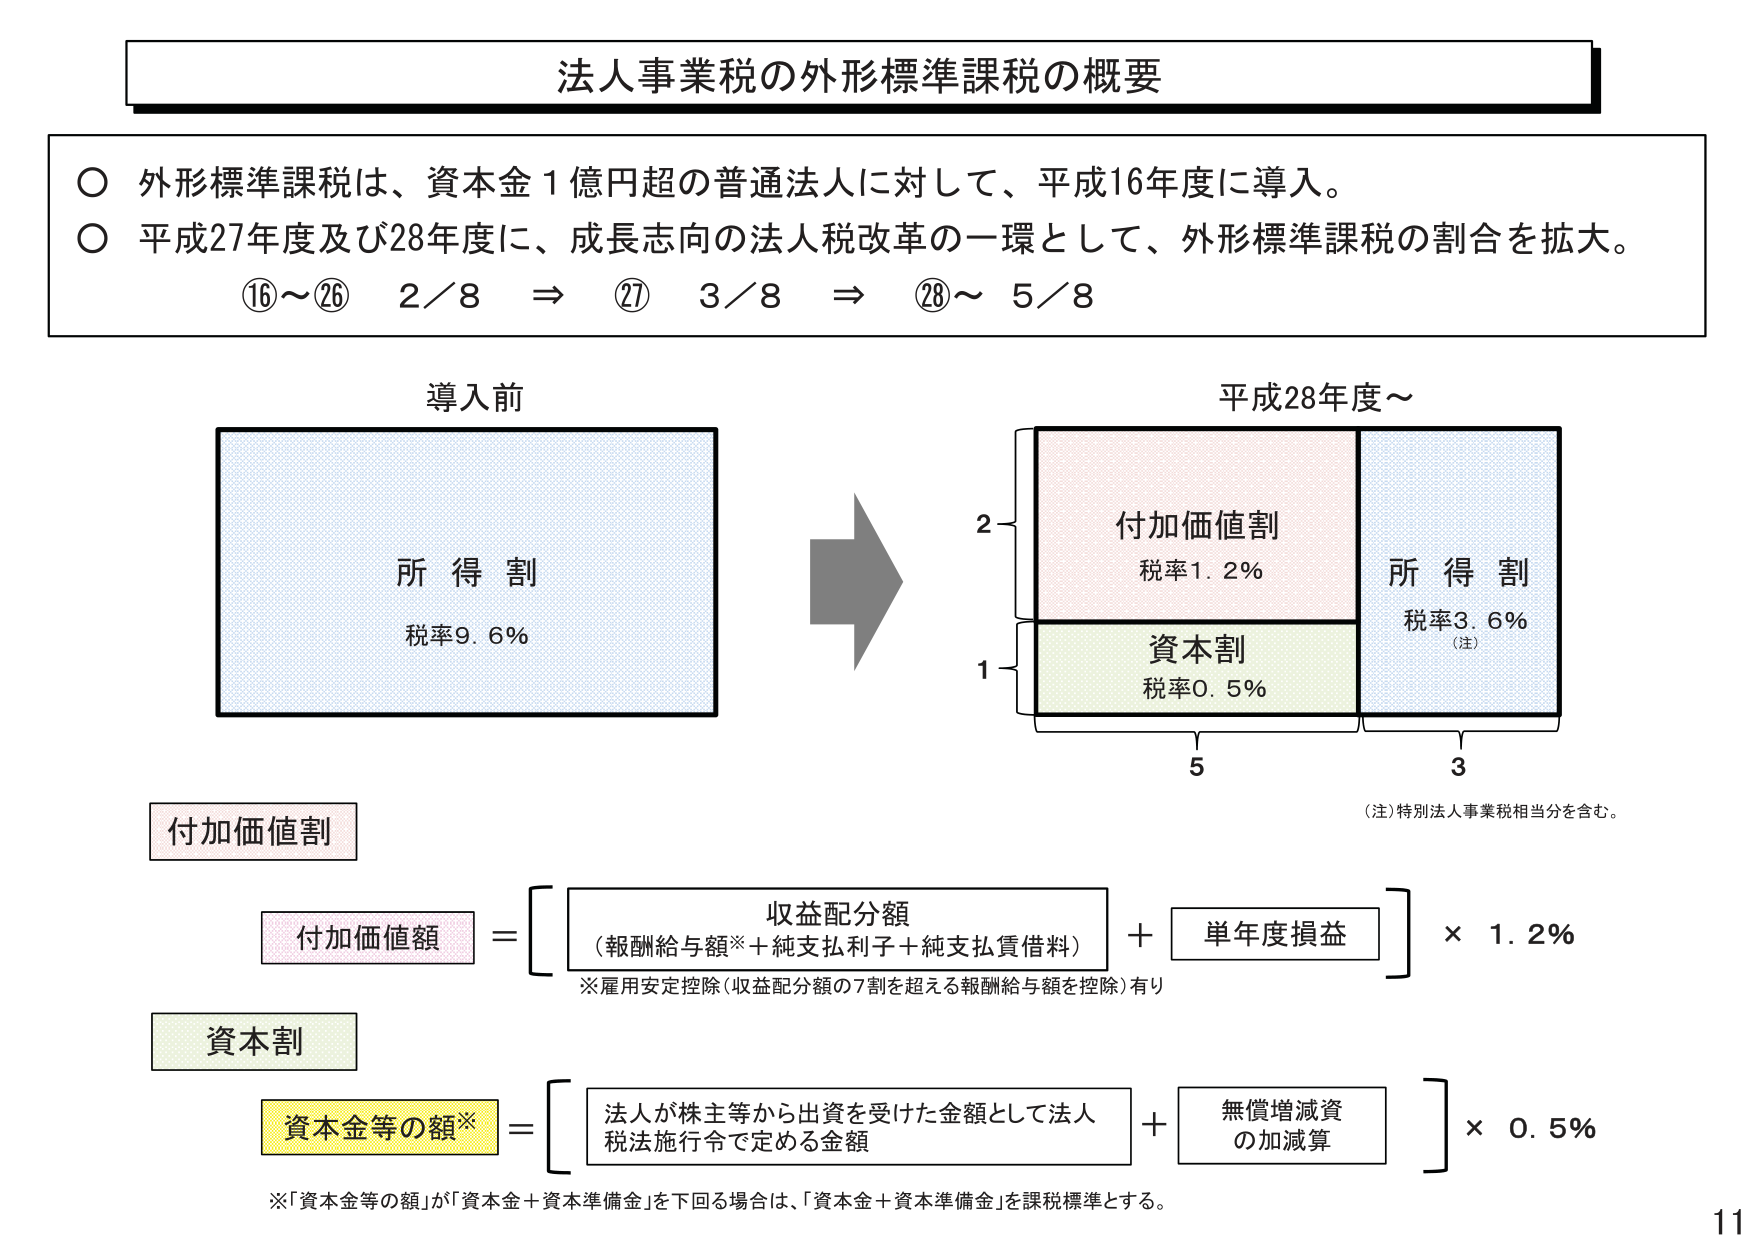
法人事業税の外形標準課税の概要

○ 外形標準課税は、資本金１億円超の普通法人に対して、平成16年度に導入。
○ 平成27年度及び28年度に、成長志向の法人税改革の一環として、外形標準課税の割合を拡大。
⑯～⑳ 2／8 ⇒ ⑳ 3／8 ⇒ ㉘～ 5／8

導入前
所得割
税率9.6%

平成28年度～
2
付加価値割
税率1.2%
1
資本割
税率0.5%
3
所得割
税率3.6%
（注）

（注）特別法人事業税相当分を含む。

付加価値割
付加価値額 ＝ [収益配分額（報酬給与額※＋純支払利子＋純支払賃借料）＋単年度損益] × 1.2%
※雇用安定控除（収益配分額の7割を超える報酬給与額を控除）有り

資本割
資本金等の額※ ＝ [法人が株主等から出資を受けた金額として法人税法施行令で定める金額＋無償増減資の加減算] × 0.5%
※「資本金等の額」が「資本金＋資本準備金」を下回る場合は、「資本金＋資本準備金」を課税標準とする。

11